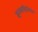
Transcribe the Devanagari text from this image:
इनकव्हिनियंट